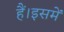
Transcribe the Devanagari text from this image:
हैं।इसमें